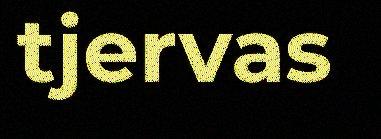
tjervas